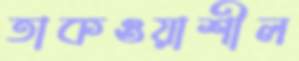
তাকওয়াশীল